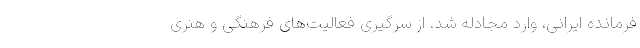
فرمانده ایرانی، وارد مجادله شد. از سرگیری فعالیت‌های فرهنگی و هنری